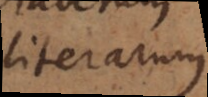
literarum